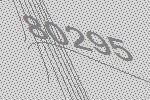
80295